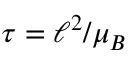
\tau = \ell ^ { 2 } / \mu _ { B }